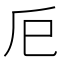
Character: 𢀴